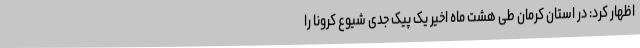
اظهار کرد: در استان کرمان طی هشت ماه اخیر یک پیک جدی شیوع کرونا را